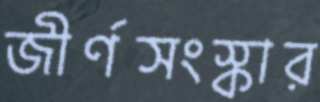
জীর্ণসংস্কার